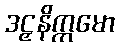
ဒဠှနိက္ကမော